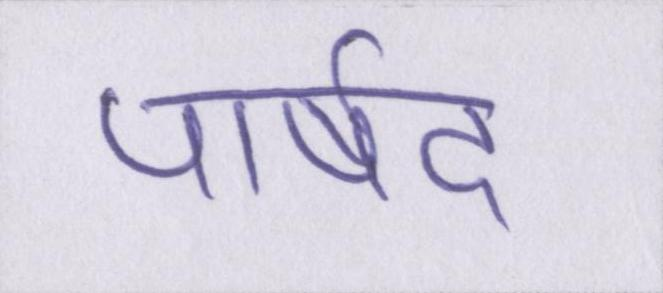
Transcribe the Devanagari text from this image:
पार्षद